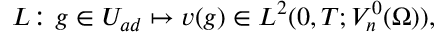
L \colon g \in U _ { a d } \mapsto v ( g ) \in L ^ { 2 } ( 0 , T ; V _ { n } ^ { 0 } ( \Omega ) ) ,